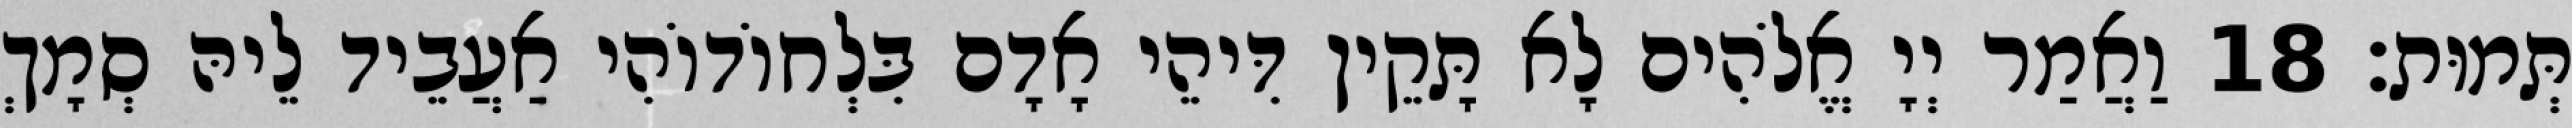
תְּמוּת׃ 18 וַאֲמַר יְיָ אֱלֹהִים לָא תָּקֵין דִּיהֵי אָדָם בִּלְחוֹדוֹהִי אַעֲבֵיד לֵיהּ סְמָךְ